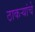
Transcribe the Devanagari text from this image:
ठाकऱ्यांचे